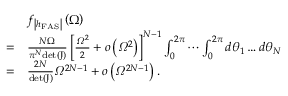
\begin{array} { r l } & { f _ { \left| h _ { \mathrm { F A S } } \right| } \left( \Omega \right) } \\ { = } & { \frac { N \Omega } { \pi ^ { N } \mathrm { { d e t } \ensuremath { \left( \boldsymbol { J } \right) } } } \left[ \frac { \varOmega ^ { 2 } } { 2 } + o \left( \varOmega ^ { 2 } \right) \right] ^ { N - 1 } \int _ { 0 } ^ { 2 \pi } \cdots \int _ { 0 } ^ { 2 \pi } d \theta _ { 1 } \ldots d \theta _ { N } } \\ { = } & { \frac { 2 N } { \mathrm { { d e t } \ensuremath { \left( \boldsymbol { J } \right) } } } \varOmega ^ { 2 N - 1 } + o \left( \varOmega ^ { 2 N - 1 } \right) . } \end{array}